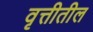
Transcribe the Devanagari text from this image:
वृत्तीतील